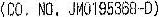
(CO.NO. JM0195368-D)